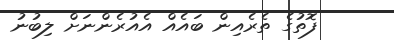
ފޮތުގެ ތެރެއިން ބައެއް އެއުރެންނަށް ލިބުނު